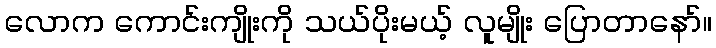
လောက ကောင်းကျိုးကို သယ်ပိုးမယ့် လူမျိုး ပြောတာနော်။